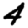
Digit: 4